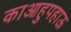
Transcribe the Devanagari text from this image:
काआहुपहाऊ